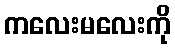
ကလေးမလေးကို